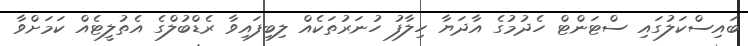
ބައިސްކަލުގައި ސްޓަންޓް ހެދުމުގެ އާދަޔާ ހިލާފު ހުނަރުތަކެއް ލިބިފައިވާ ރެޑްބުލްގެ އެތުލީޓެއް ކަމަށްވާ